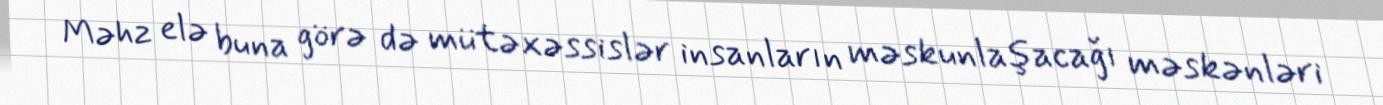
Məhz elə buna görə də mütəxəssislər insanların məskunlaşacağı məskənləri